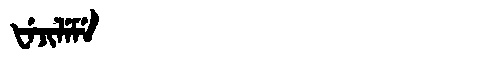
Manchu: ᡶᡝᠵᡳᠯᡝᠮᡝ
Romanization: FEJILEME